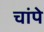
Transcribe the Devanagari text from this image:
चांपे